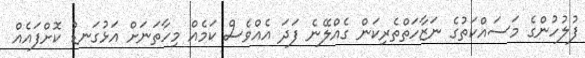
ފުލުހުންގެ މަސައްކަތުގެ ނަޒާހަތްތެރިކަން ގެއްލޭނެ ފަދަ އެއްވެސް ކަމެއް މިހާތަނަށް އަޅުގަނޑު ކޮށްފައެއް